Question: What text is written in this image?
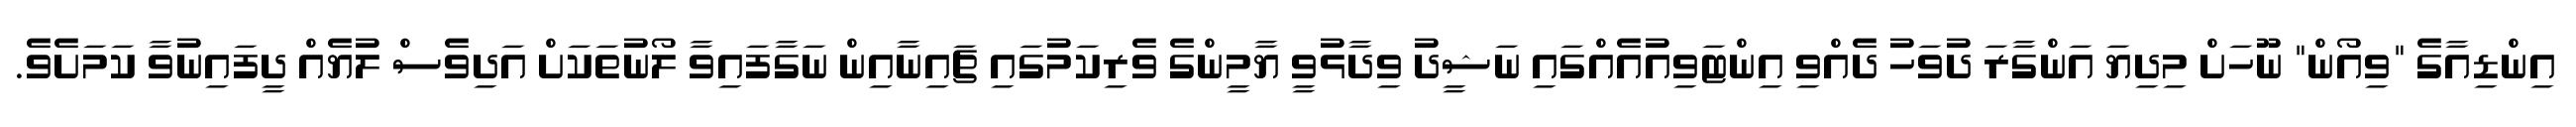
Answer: އިންޑިއާގެ "ވިއޯން" ނޫހަށް މިދިޔަ އަންގާރަ ދުވަހު ދެއްވި އިންޓަވިއުއެއްގައި ނަޝީދު ވިދާޅުވީ ޔާމީންގެ ވެރިކަމުގައި ޗައިނާއިން ނަގާފައިވާ ލޯނުތަކަށް އަދިވެސް ލުޔެއް ދީފައިނުވާ ކަމަށެވެ.